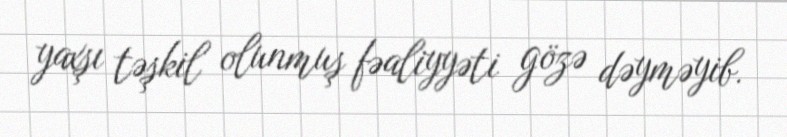
yaxşı təşkil olunmuş fəaliyyəti gözə dəyməyib.